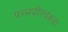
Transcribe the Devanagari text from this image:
परमवीरचक्रहा